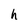
Character: h